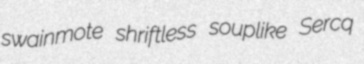
swainmote shriftless souplike Sercq